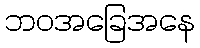
ဘဝအခြေအနေ